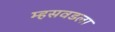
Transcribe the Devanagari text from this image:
म्हसवडला